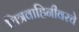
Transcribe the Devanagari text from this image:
चित्रवाहिनीवरचे